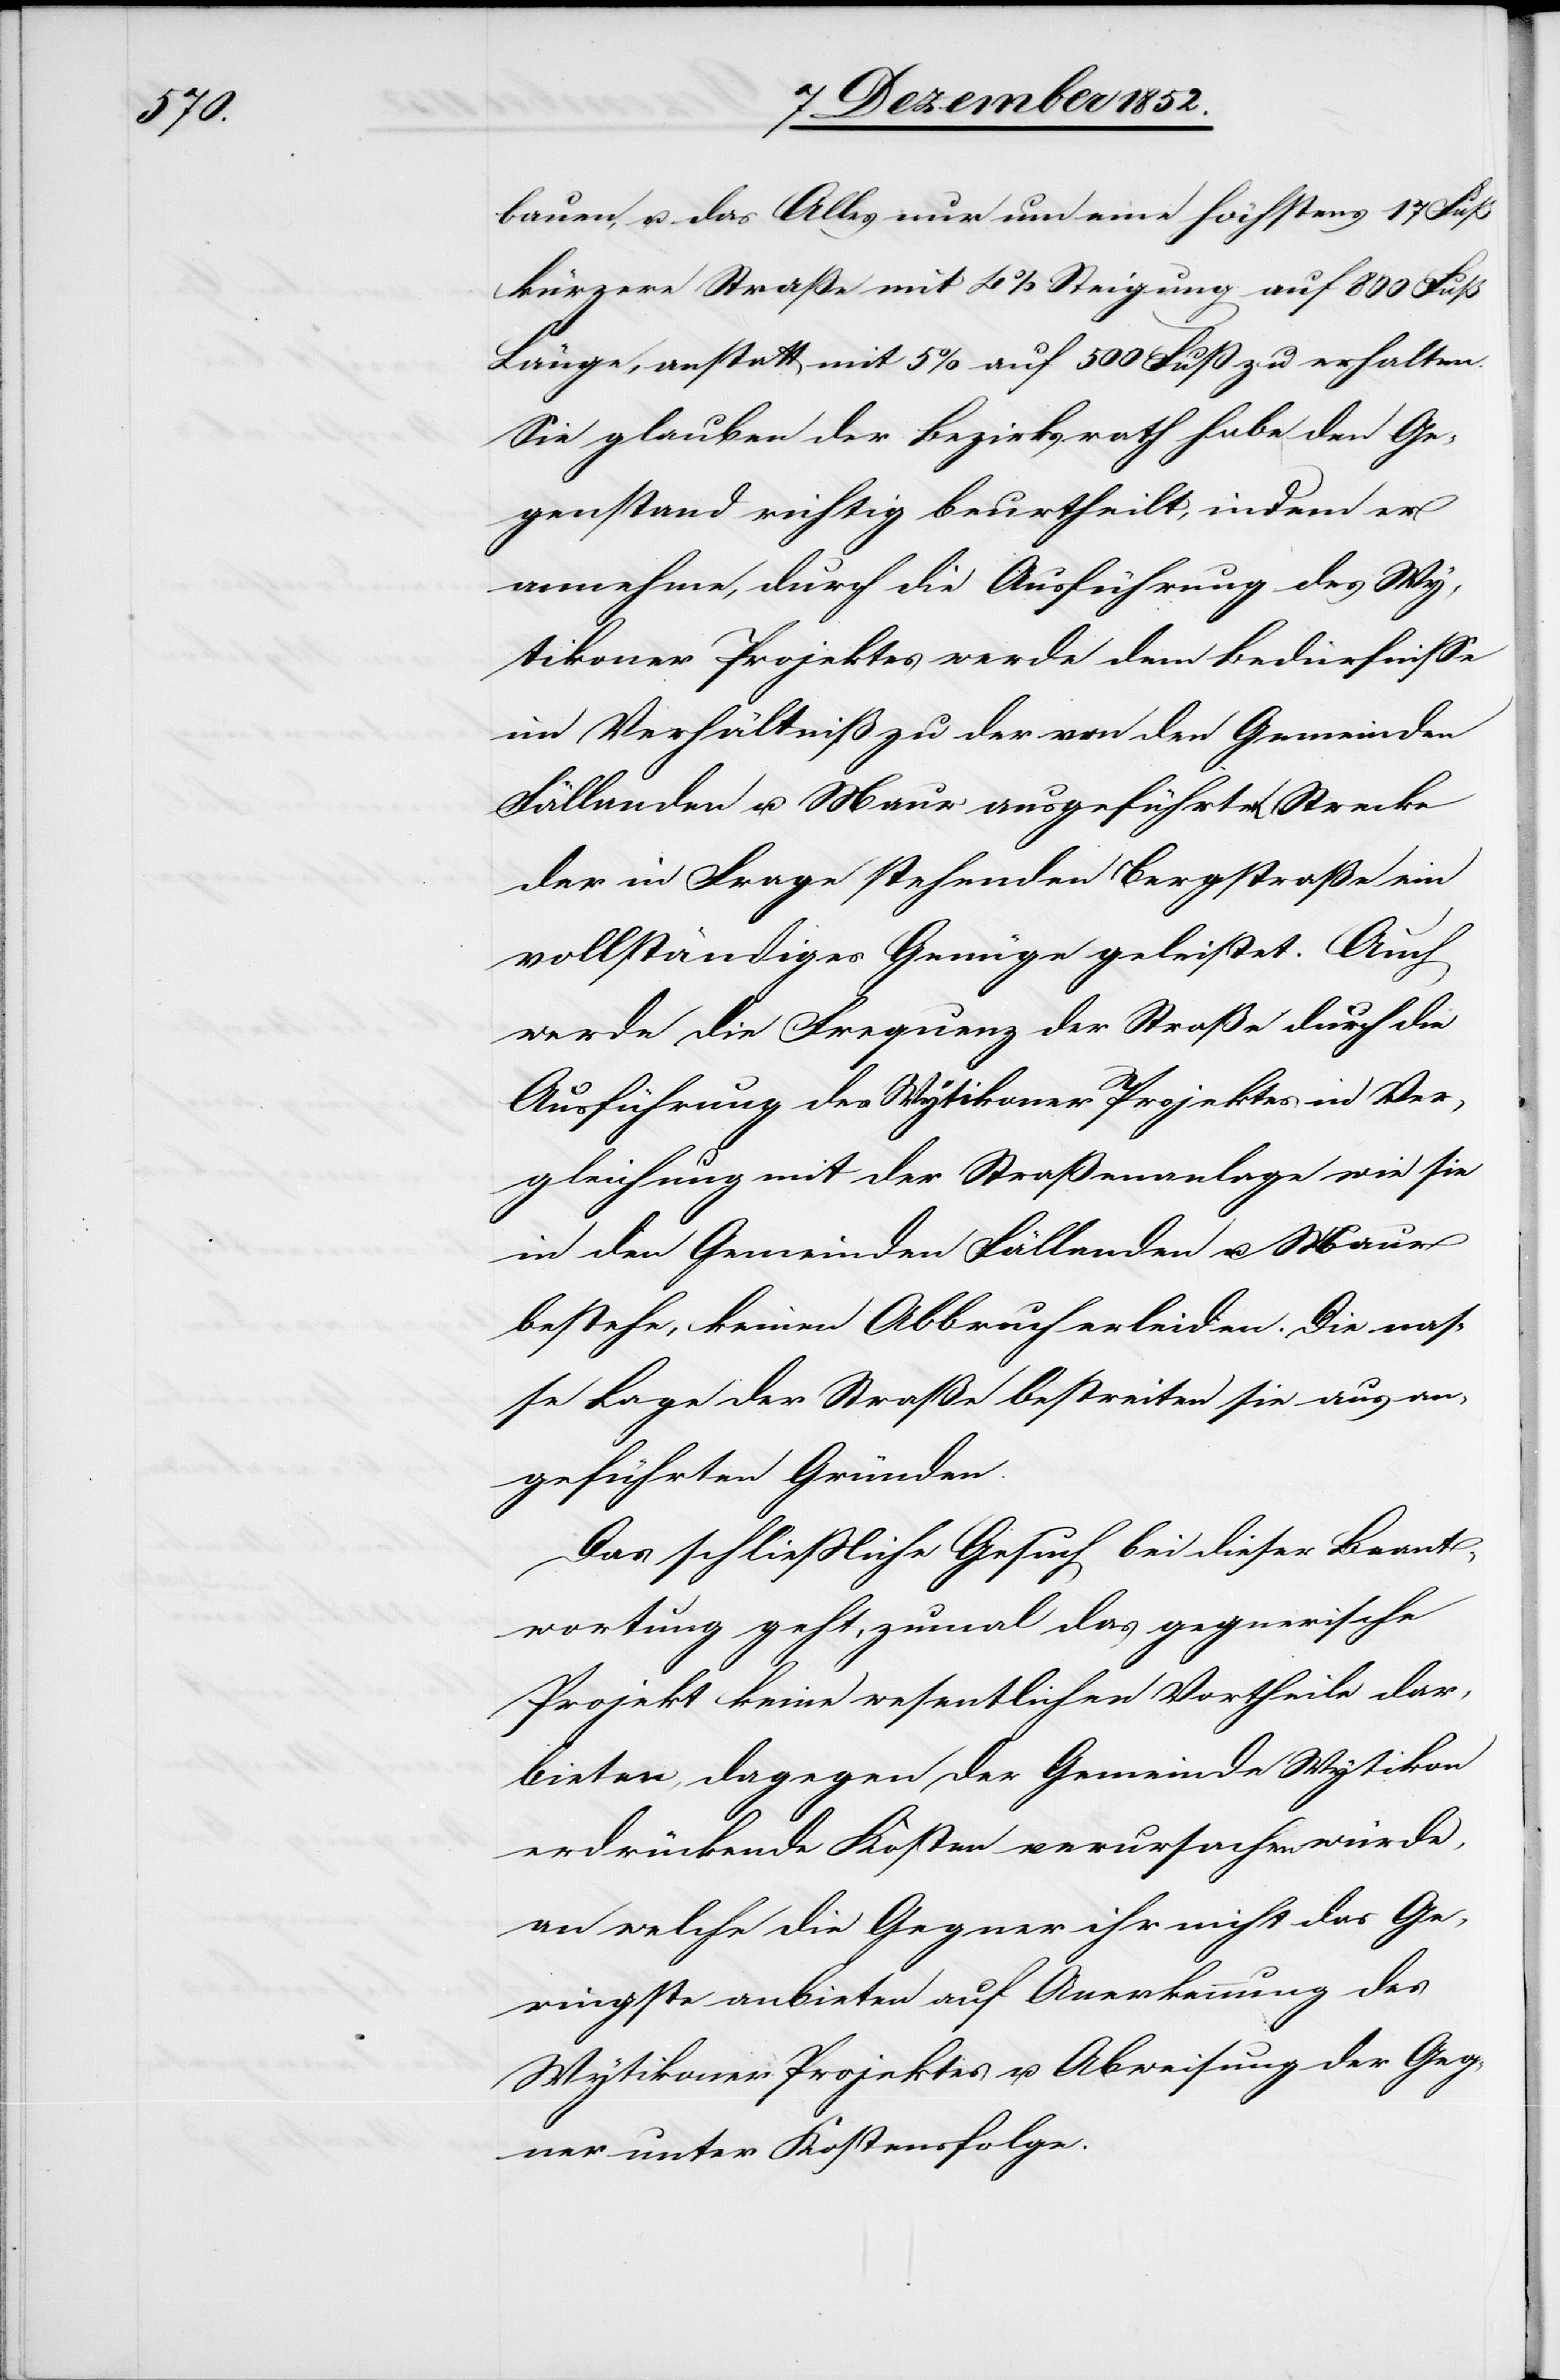
bauen, u. das Alles nur um eine höchstens 17 Fuß
kürzere Straße mit 4% Steigung auf 800 Fuß
Länge, anstatt mit 5% auf 500 Fuß zu erhalten.
Sie glauben der Bezirksrath habe den Ge¬
genstand richtig beurtheilt, indem er
annehme, durch die Ausführung des Wy¬
tikoner Projektes werde dem Bedürfnisse
im Verhältniß zu der von den Gemeinden
Fällanden u. Maur ausgeführten Strecke
der in Frage stehenden Bergstraße ein
vollständiges Genüge geleistet. Auch
werde die Frequenz der Straße durch die
Ausführung des Wytikoner Projektes in Ver¬
gleichung mit der Straßenanlage wie sie
in den Gemeinden Fällanden u. Maur
bestehe, keinen Abbruch erleiden. Die nas¬
se Lage der Straße bestreiten sie aus an¬
geführten Gründen.
Das schließliche Gesuch bei dieser Beant¬
wortung geht, zumal das gegnerische
Projekt keine wesentlichen Vortheile dar¬
bieten, dagegen der Gemeinde Wytikon
erdrückende Kosten verursachen würde,
an welche die Gegner ihr nicht das Ge¬
ringste anbieten auf Anerkennung des
Wytikoner Projektes u. Abweisung der Geg¬
ner unter Kostensfolge.